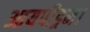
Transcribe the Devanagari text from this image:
आयपीड्रम।